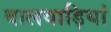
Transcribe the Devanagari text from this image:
बालवाड़ियां